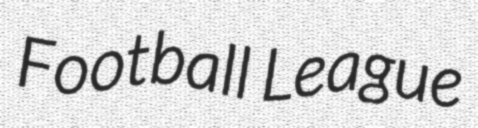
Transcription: Football League